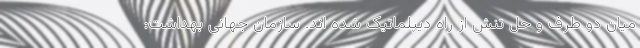
میان دو طرف و حل تنش از راه دیپلماتیک شده اند. سازمان جهانی بهداشت: